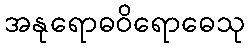
အနုရောဓဝိရောဓေသု